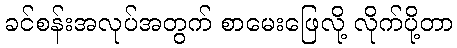
ခင်စန်းအလုပ်အတွက် စာမေးဖြေလို့ လိုက်ပို့တာ